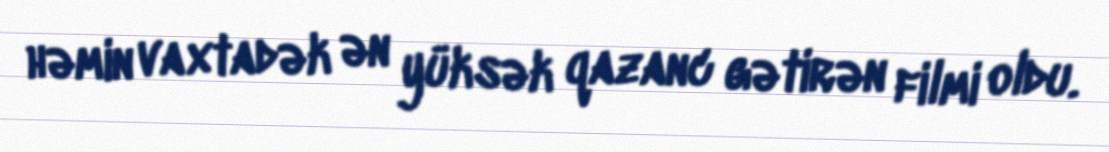
həmin vaxtadək ən yüksək qazanc gətirən filmi oldu.